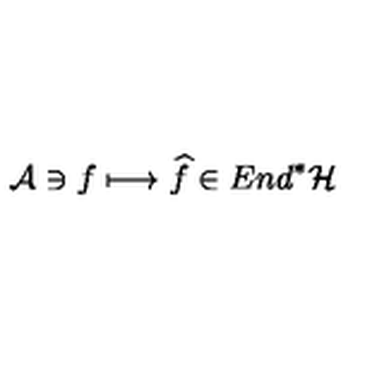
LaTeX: { \cal A } \ni f \longmapsto \widehat { f } \in E n d ^ { * } { \cal H }